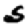
Digit: 5